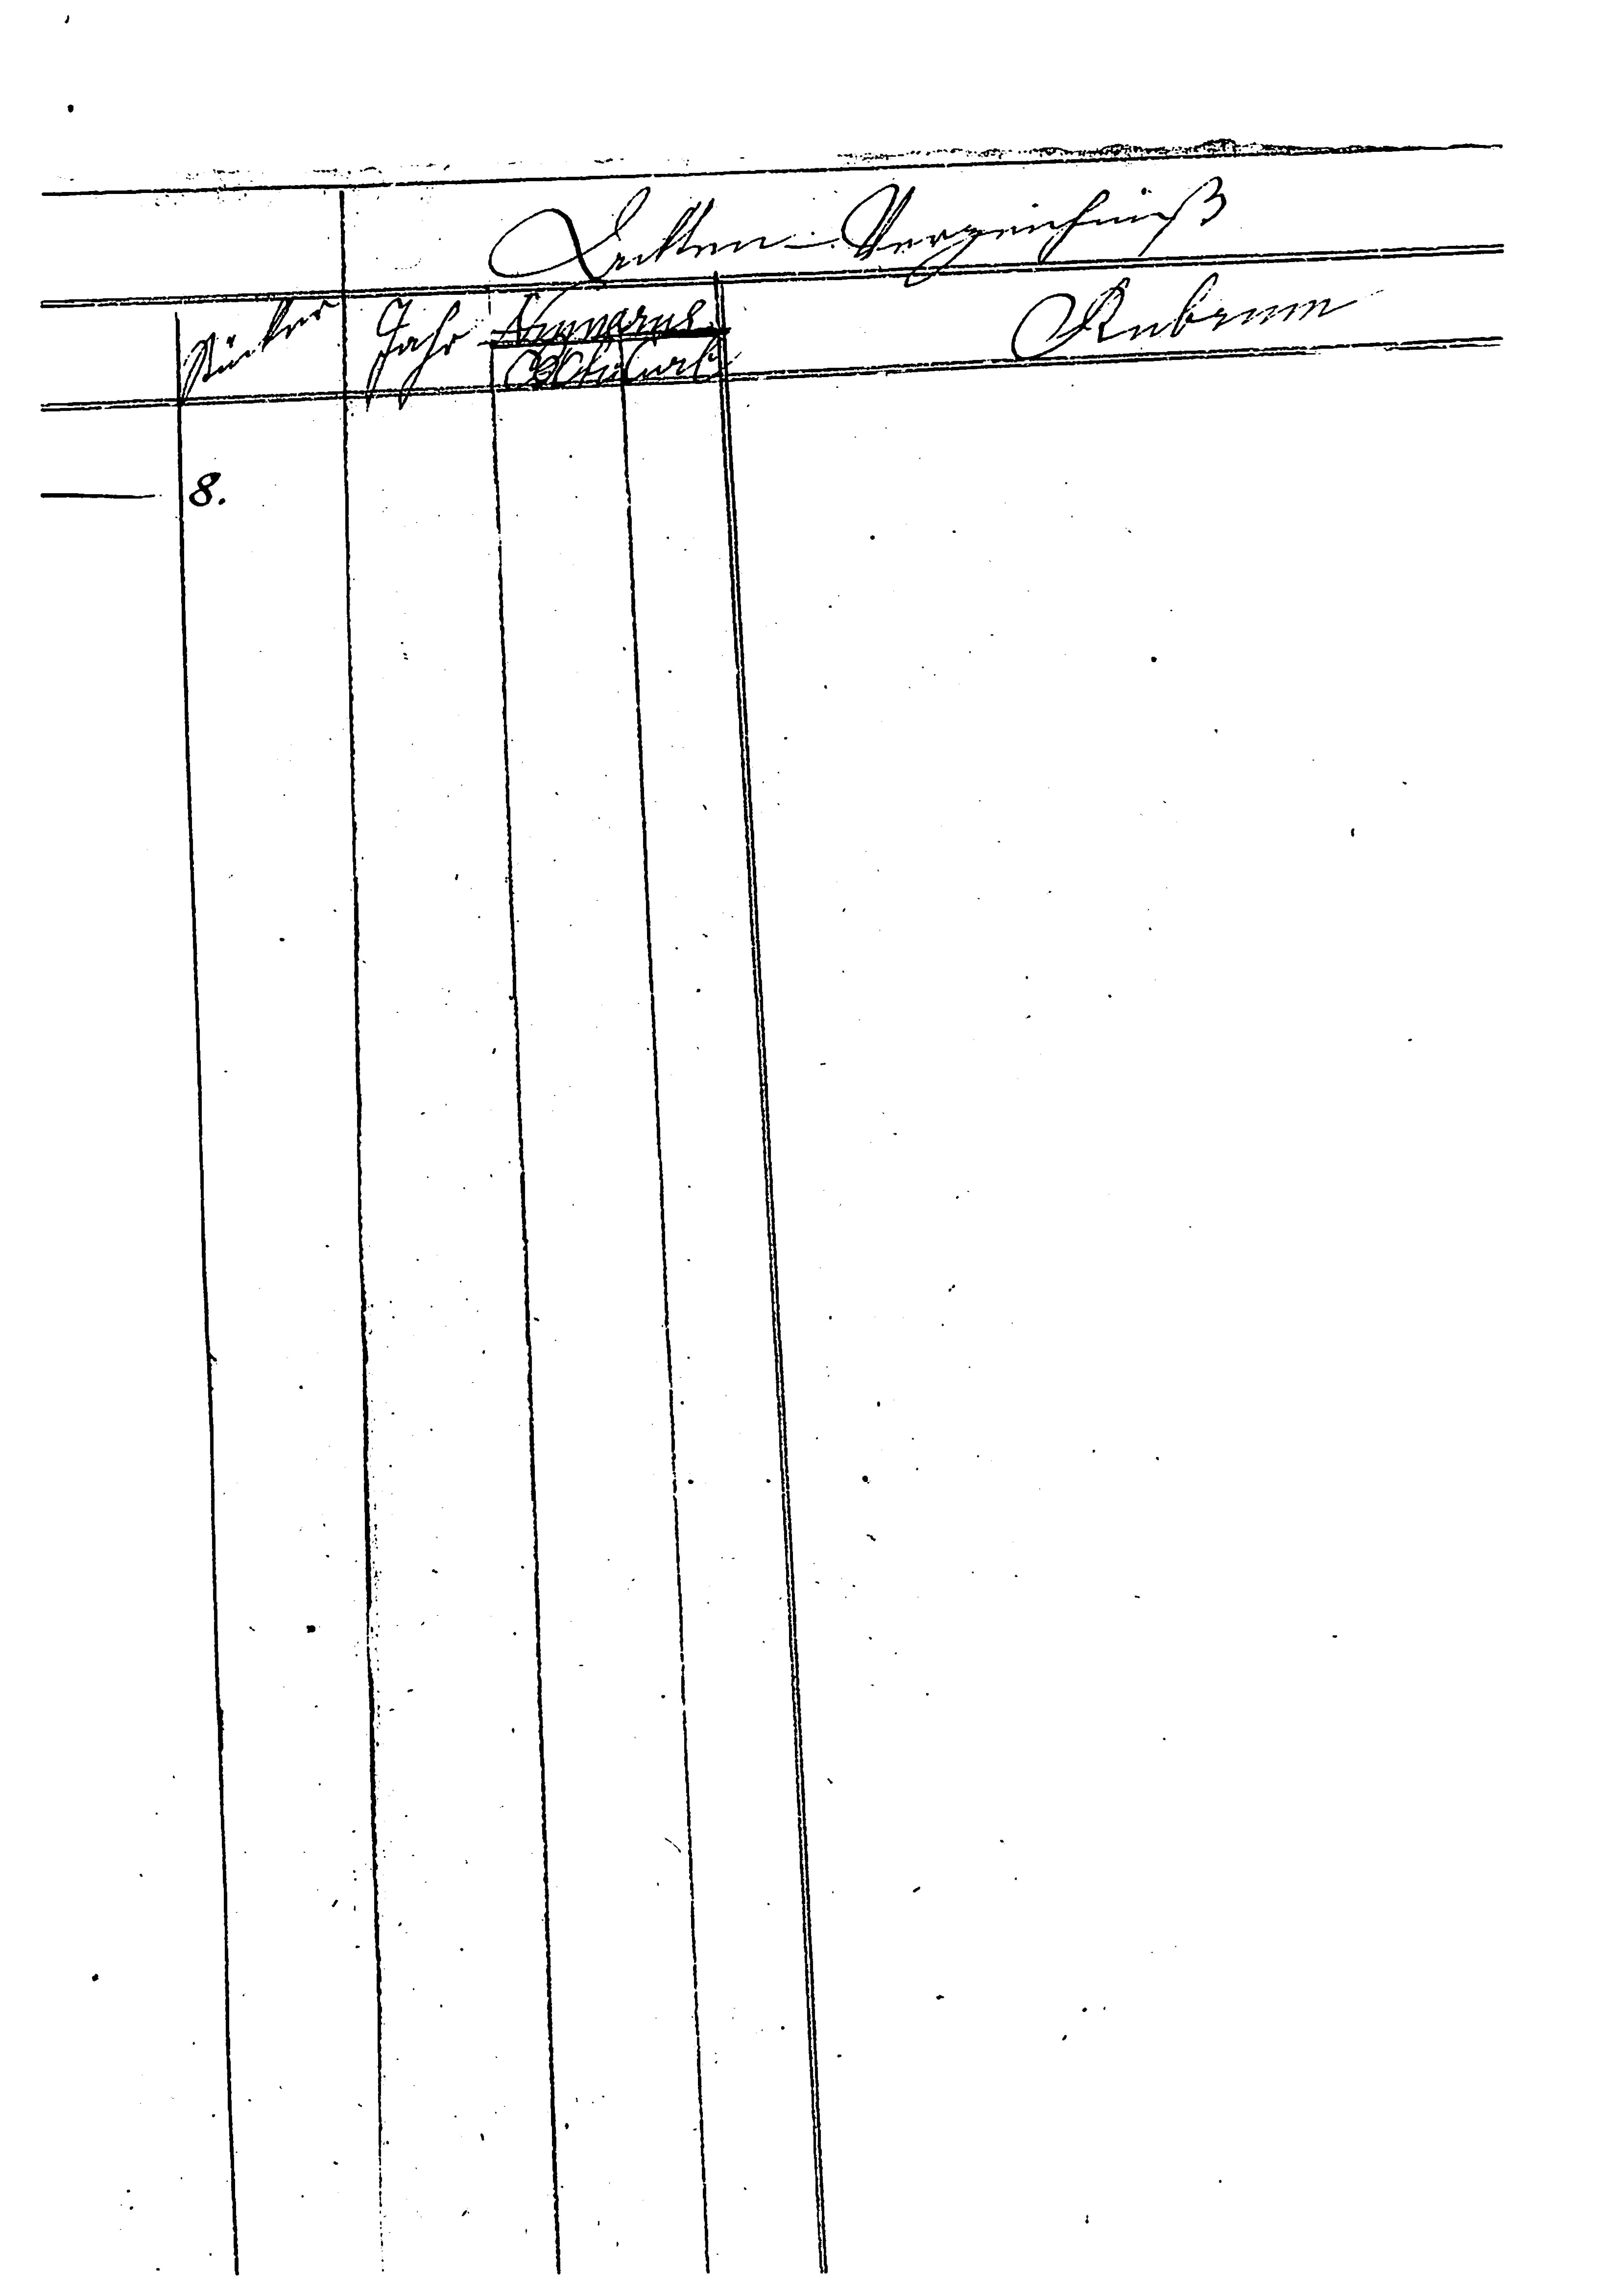
Ackten- Verzeichnis
Rubrum
Stücken
Jahr
xxx
xxx